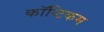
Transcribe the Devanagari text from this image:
कॉप्टिकम